Mental hospitals Bombay report 1921-28 - 1921-1928
Year: 1921
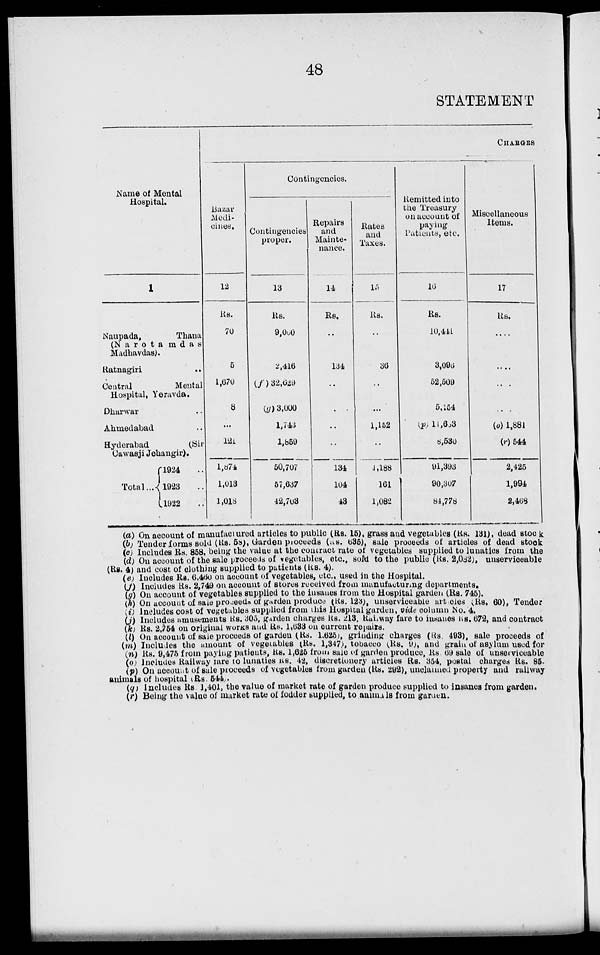
48
STATEMENT
Name of Mental
Hospital.
1
Naupada,
Thana
(Narotamdas
Madhavdas).
Ratnagiri
..
Central
Mental
Hospital, Yeravda.
Dharwar ..
Ahmedabad ..
Hyderabad
(Sir
Cawasji Jehangir).
Total ...
1924 ..
1923 ..
1922 ..
CHARGES
Bazar
Medi-
cines.
12
Rs.
70
5
1,670
8
...
121
1,874
1,013
1,018
Contingencies.
Contingencies
proper.
13
Rs.
9,060
2,416
(f) 32,629
(g) 3,000
1,743
1,859
50,707
57,637
42,703
Repairs
and
Mainte-
nance.
14
Rs.
..
134
..
..
..
..
134
104
43
Rates
and
Taxes.
15
Rs.
..
36
..
...
1,152
..
1,188
161
1,082
Remitted into
the Treasury
on account of
paying
Patients, etc.
16
Rs.
10,441
3,096
52,509
5,154
(p) 14,663
8,530
91,393
90,307
84,778
Miscellaneous
Items.
17
Rs.
....
....
....
....
(o) 1,881
(r) 544
2,425
1,994
2,468
(a) On account of manufactured articles to public (Rs. 15), grass and vegetables (Rs. 131), dead stock
(b) Tender forms sold (Rs. 58), Garden proceeds (as. 635), sale proceeds of articles of dead stock
(c) Includes Rs. 858, being the value at the contract rate of vegetables supplied to lunatics from the
(d) On account of the sale proceeds of vegetables, etc., sold to the public (Rs. 2,082), unserviceable
(Rs. 4) and cost of clothing supplied to patients (Rs. 4).
(e) Includes Rs. 6,460 on account of vegetables, etc., used in the Hospital.
(f) Includes Rs. 2,749 on account of stores received from manufacturing departments.
(g) On account of vegetables supplied to the insanes from the Hospital garden (Rs. 745).
(h) On account of sale proceeds of garden produce (Rs. 123), unserviceable articles (Rs. 60), Tender
(i) Includes cost of vegetables supplied from this Hospital garden, vide column No. 4.
(j) Includes amusements Rs. 305, garden charges Rs. 213, Railway fare to insanes Rs. 672, and contract
(k) Rs. 2,754 on original works and Rs. 1,633 on current repairs.
(l) On account of sale proceeds of garden (Rs. 1,625), grinding charges (Rs. 493), sale proceeds of
(m) Includes the amount of vegetables (Rs. 1,347), tobacco (Rs. 9), and grain of asylum used for
(n) Rs. 9,475 from paying patients, Rs. 1,625 from sale of garden produce, Rs. 69 sale of unserviceable
(o) Includes Railway fare to lunaties Rs. 42, discretionery articles Rs. 354, postal charges Rs. 85.
(p) On account of sale proceeds of vegetables from garden (Rs. 292), unclaimed property and railway
animals of hospital (Rs. 544).
(q) Includes Rs 1,401, the value of market rate of garden produce supplied to insanes from garden.
(r) Being the value of market rate of fodder supplied, to animals from garden.